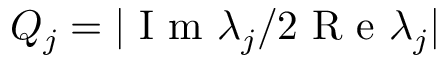
Q _ { j } = | \mathrm { ~ I ~ m ~ } \lambda _ { j } / 2 \mathrm { ~ R ~ e ~ } \lambda _ { j } |